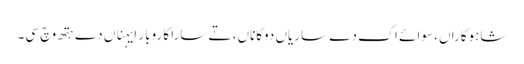
شاہوکاراں، سوائے اک دے ساریاں دوکاناں، تے سارا کاروبار ایہناں دے ہتھ وچ سی۔